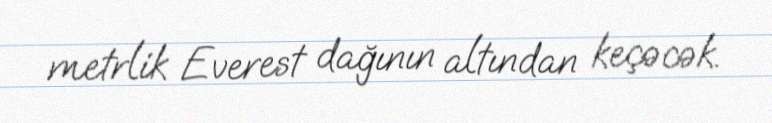
metrlik Everest dağının altından keçəcək.